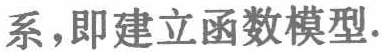
系,即建立函数模型.